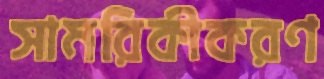
সামরিকীকরণ